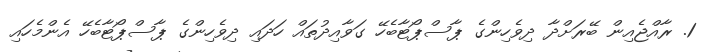
1. ރާއްޖެއިން ބޭރަށްދާ ދިވެހިންގެ ޕާސްޕޯޓާބެހޭ ގަވާއިދުތައް ހަދައި ދިވެހިންގެ ޕާސްޕޯޓާބެހޭ އެންމެހައި